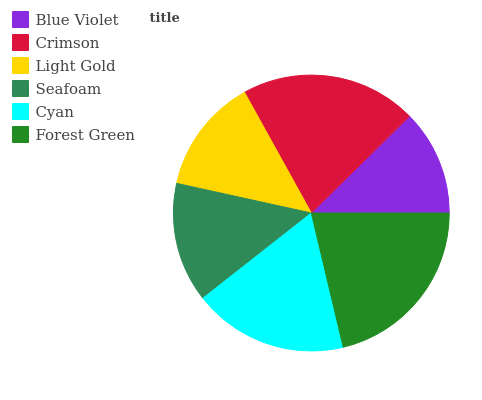
| Blue Violet | Crimson | Light Gold | Seafoam | Cyan | Forest Green |
 | --- | --- | --- | --- | --- | --- |
 | 12.4% | 20.7% | 13.5% | 14% | 18.1% | 21.3% |